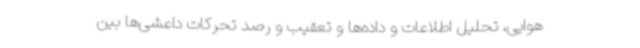
هوایی، تحلیل اطلاعات و داده‌ها و تعقیب و رصد تحرکات داعشی‌ها بین